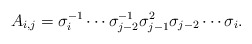
\begin{align*}A_{i,j}=\sigma_{i}^{-1}\cdots \sigma_{j-2}^{-1}\sigma_{j-1}^{2} \sigma_{j-2}\cdots \sigma_{i}.\end{align*}